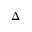
\Delta